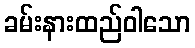
ခမ်းနားထည်ဝါသော